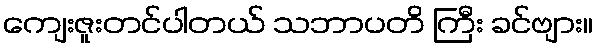
ကျေးဇူးတင်ပါတယ် သဘာပတိ ကြီး ခင်ဗျား။